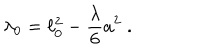
\lambda _ { 0 } = \ell _ { 0 } ^ { 2 } - \frac { \lambda } { 6 } a ^ { 2 } \; .